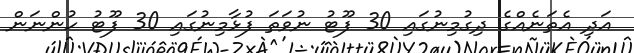
އަދި އެތަނެއްގެ ދިގުމިނުގައި 30 ފޫޓު ނުވަތަ ފުޅާމިނުގައި 30 ފޫޓު ހުންނަން